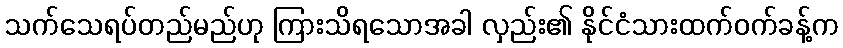
သက်သေရပ်တည်မည်ဟု ကြားသိရသောအခါ လှည်း၏ နိုင်ငံသားထက်ဝက်ခန့်က